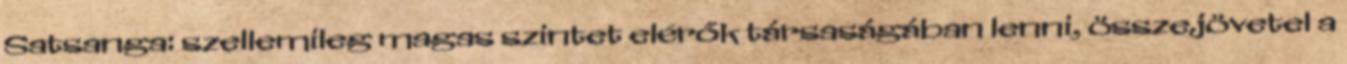
Satsanga: szellemileg magas szintet elérők társaságában lenni, összejövetel a